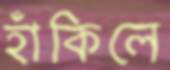
হাঁকিলে